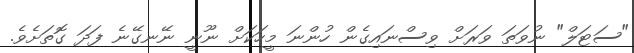
"ސަޓަލް" ނުވަތަ ވަރަށް ވިސްނައިގެން ހުންނަ މީހަކަށް ނޫނީ ނޭނގޭނެ ފަދަ ގޮތަށެވެެ.